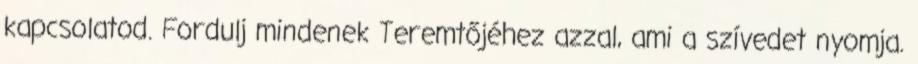
kapcsolatod. Fordulj mindenek Teremtőjéhez azzal, ami a szívedet nyomja.